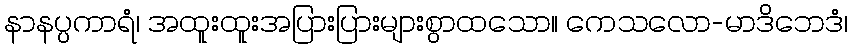
နာနပ္ပကာရံ၊ အထူးထူးအပြားပြားများစွာထသော။ ကေသလော-မာဒိဘေဒံ၊